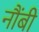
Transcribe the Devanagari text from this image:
नौंबी